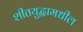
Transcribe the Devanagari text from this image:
शीतयुद्धामधील